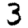
Digit: 3